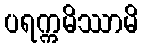
ပရက္ကမိဿာမိ